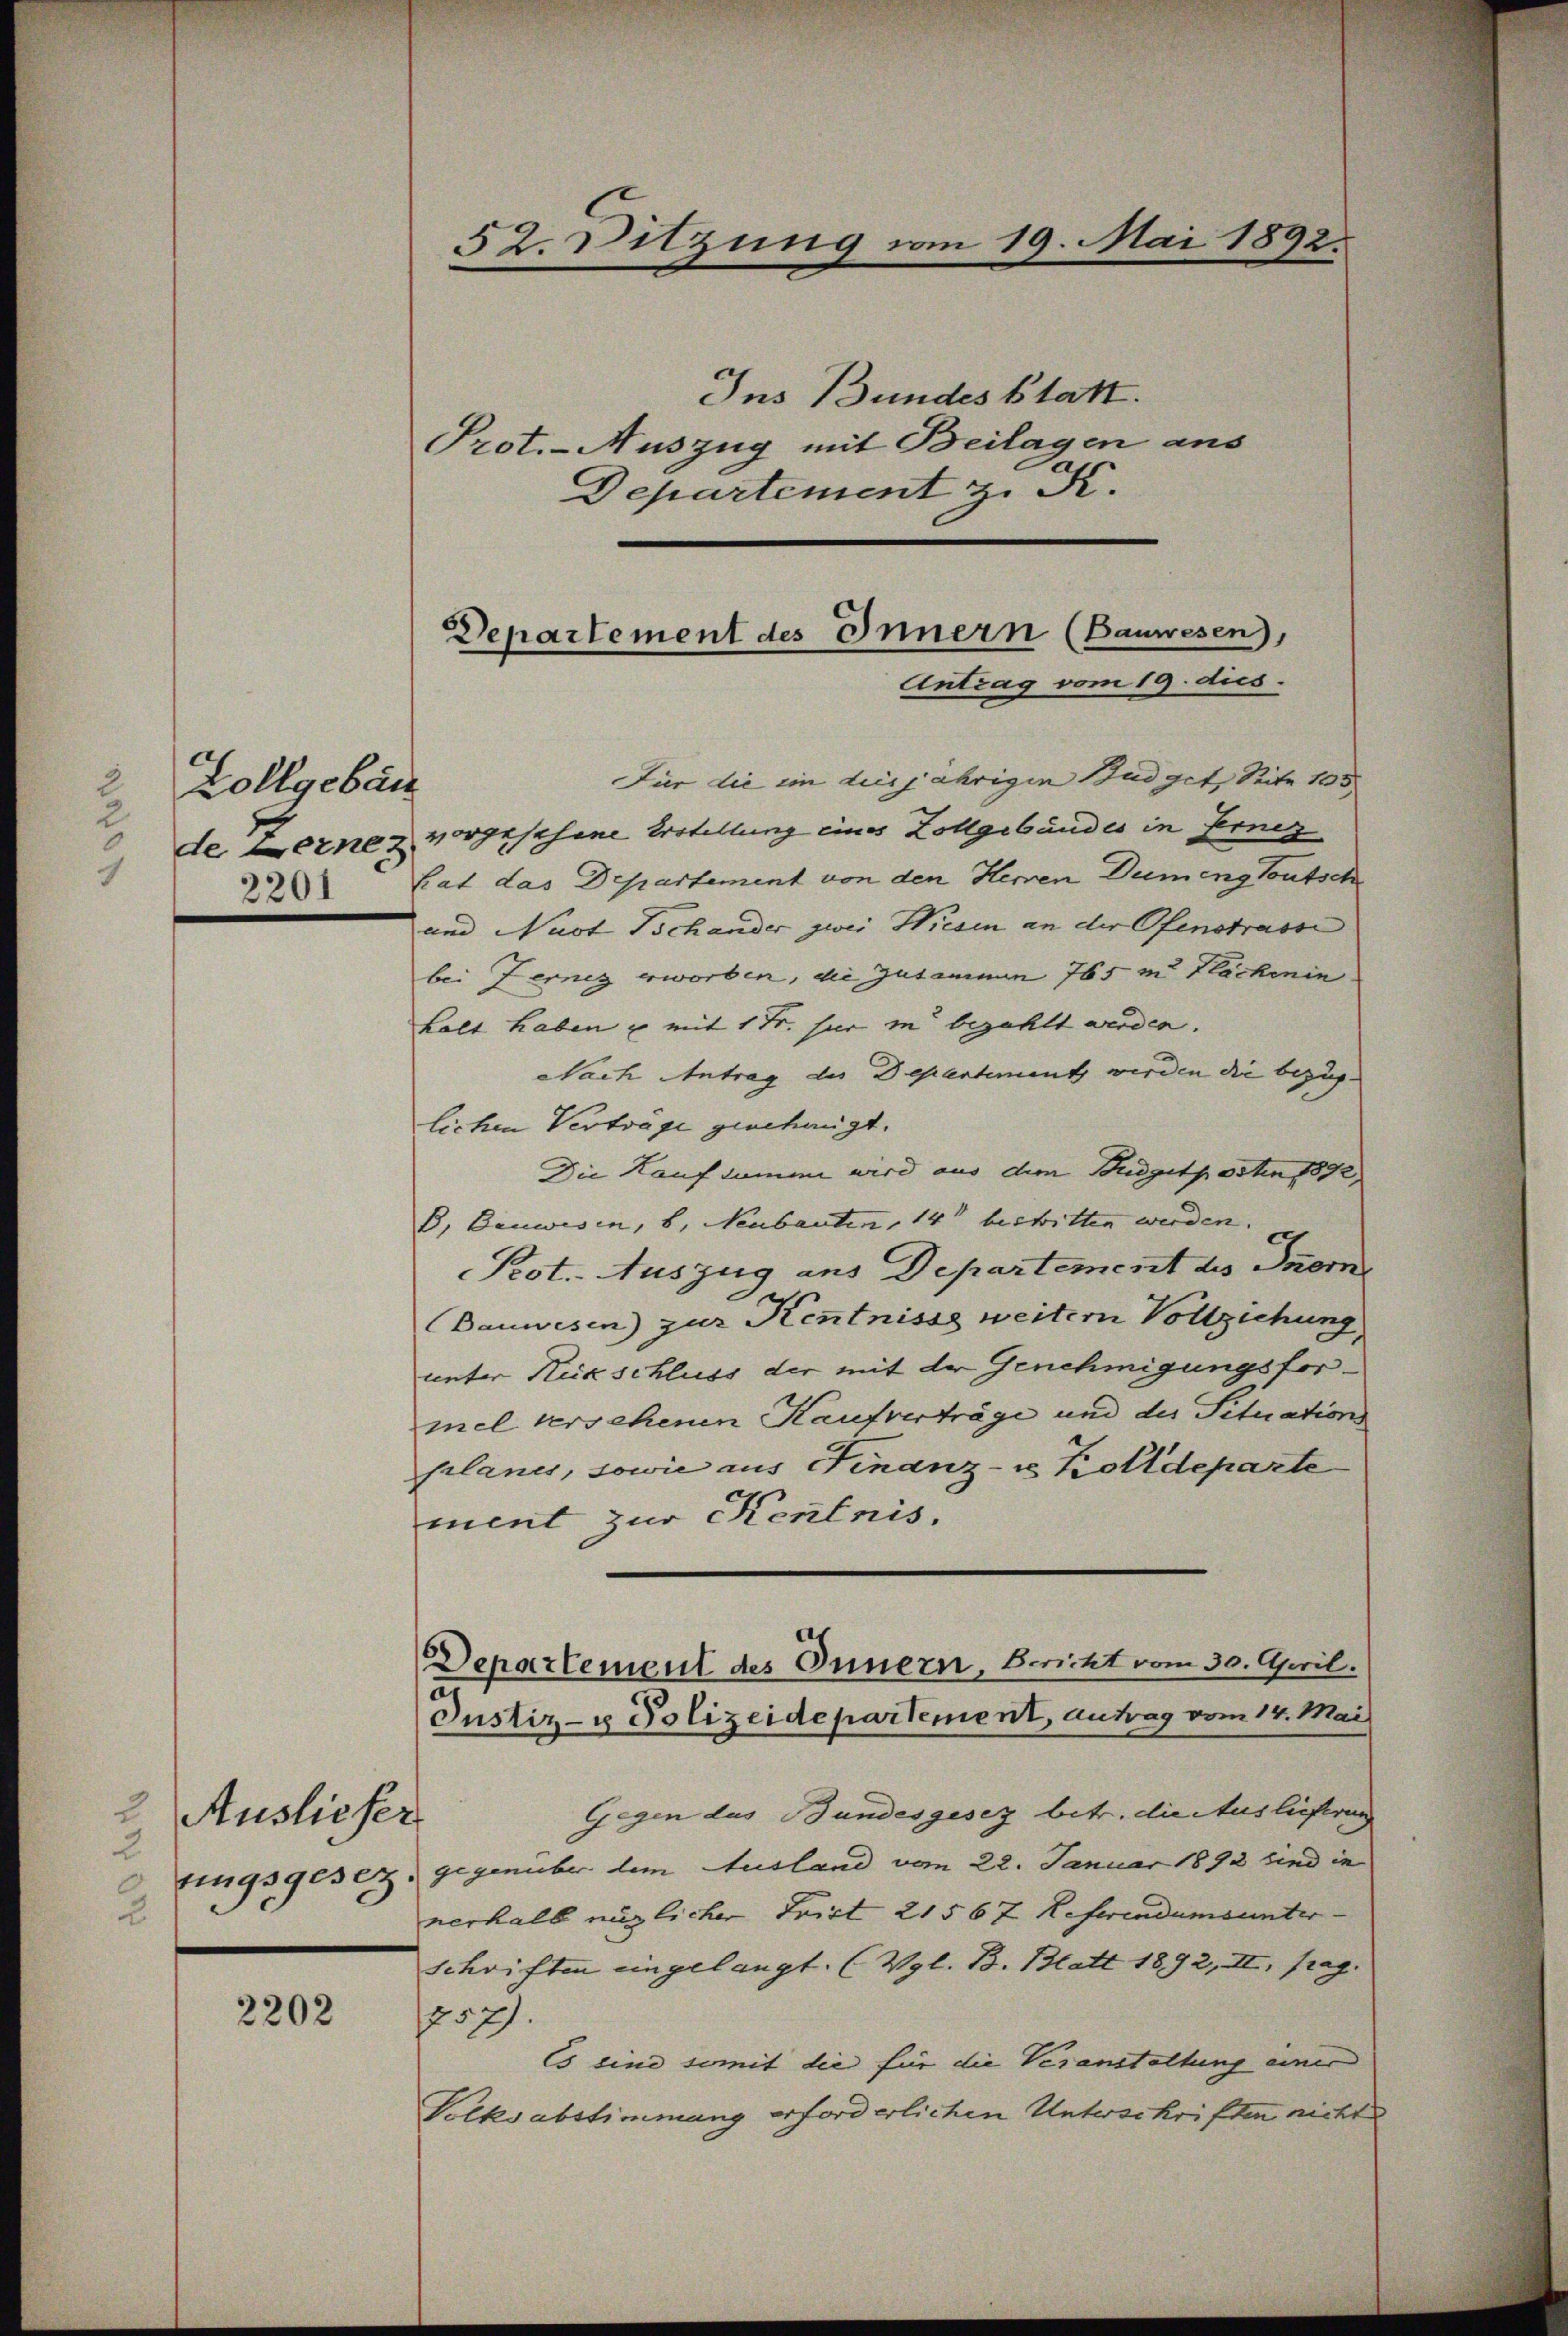
2
Zollgebäu
2
de Berne z

2202

2
Ausliefer
2
ungsgesetz.
2

52. Sitzung vom 19. Mai 1892.

Ins Bundes Statt.
Prot.-Auszug mit Beilagen aus
Departement z. B.

Departement des Innern (Bauwesen,

Antrag vom 19. dies.
Für die ein diesjährigen Budget, Seite 105
vorgesehene Erstellung eines Zollgebäudes in Fernez
 hat das Departement von den Herren Dem eng Toutsche
und Nust Schander zwei Wiesen an der Ofenstrasse
bei Ferner erworben, die Zusammen 765 m Hlächenin
Lalt haben u mit 1 Fr. sur in bezahlt werden.
Nach Antrag des Departement werden die bezug. |
lichen Verträge geschangt.
Die Kauf dumme wird aus dem Budgetposten 1892,
B. Bauwesen, b. Neubauten, 14 bestritten werden.
Prot. Auszug aus Departement des Inor
Bauwesen) zur Kenntnisse weitern Vollziehung
unter Rückschluss der mit der Genehmigungsformel versehenen Kaufverträge und der Situation
planes, sowie aus Finanz- u Kolldeparte
ment zur Kentnis.
Departement des Innern, Bericht vom 30. April.
Justiz- & Polizeidepartement, antrag vom 14. Mai
Gegen das Bundesgesez betr. die Auslieferung
gegenüber dem Ausland vom 22. Januar 1892 sind in
nerhalb müglicher Frist 21567 Referendums unter-
schriften eingelangt. (Vgl. B. Blatt 1892, II, frag
757).
Es eine somit die für die Veranstaltung einer
Volksabstimmung erforderlichen Unterschriften nicht